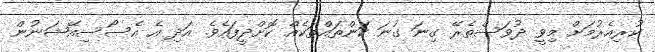
ކުރިއެރުމަށް މިވީ ދުވަސްތެރޭ ގިނަ ގުނަ ކަންތައްތަކެއް ކޮށްދީފައެވެ. އަދި އެ އެސޯސިއޭޝަނުން